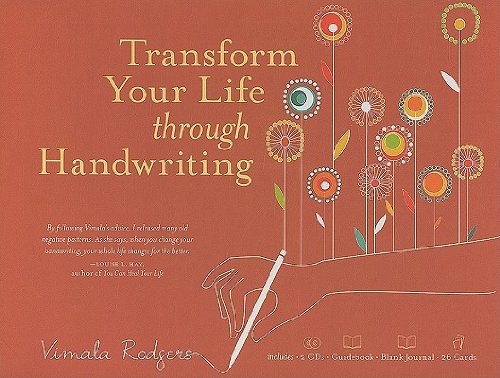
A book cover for Transform Your Life Through Handwriting [With Guidebook and 26 Cards and Journal and 2 CDs]Â Â  [TRANSFORM YOUR LIFE THROUGH HA] [Other]; Vimala'(Author) Rodgers; Self-Help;